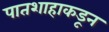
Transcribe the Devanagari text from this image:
पातशाहाकडून